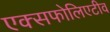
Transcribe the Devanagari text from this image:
एक्सफोलिएटीव